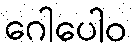
ဂေါပေါဝ